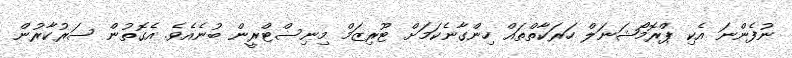
ނުފެންނަ އެކި ޕްރޮމޯޝަނަލް ހަރަކާތްތައް ހިންގާނެކަމަށް ޓޫރިޒަމް މިނިސްޓްރީން ބުނެއެވެ. އެގޮތުން ސަރުކާރުން